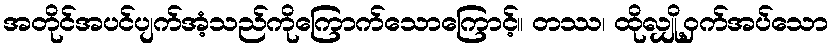
အတိုင်အပင်ပျက်အံ့သည်ကိုကြောက်သောကြောင့်။ တဿ၊ ထိုလျှို့ဝှက်အပ်သော